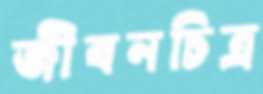
জীবনচিত্র